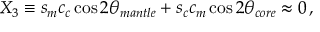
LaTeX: X _ { 3 } \equiv s _ { m } c _ { c } \cos 2 \theta _ { m a n t l e } + s _ { c } c _ { m } \cos 2 \theta _ { c o r e } \approx 0 \, ,